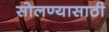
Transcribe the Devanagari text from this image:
सोलण्यासाठी